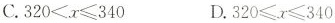
C.320<x≤340 D.320≤x≤340